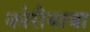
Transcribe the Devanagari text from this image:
कोरीयाचा